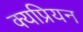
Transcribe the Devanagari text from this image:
क्यप्रियन